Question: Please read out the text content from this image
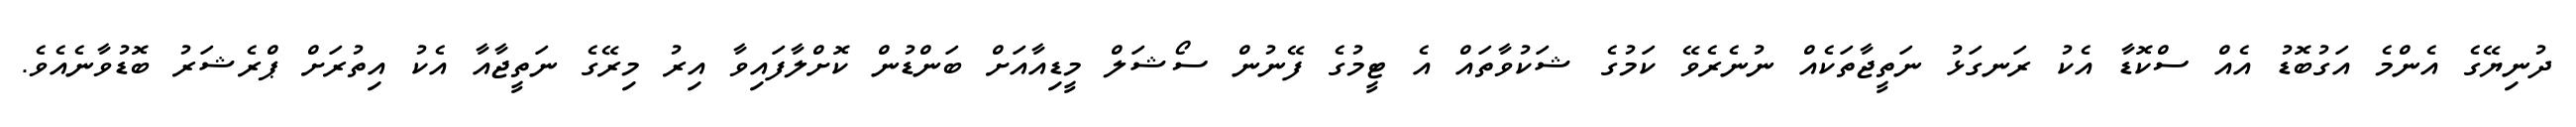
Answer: ދުނިޔޭގެ އެންމެ އަގުބޮޑު އެއް ސްކޮޑާ އެކު ރަނގަޅު ނަތީޖާތަކެއް ނުނެރެވޭ ކަމުގެ ޝަކުވާތައް އެ ޓީމުގެ ފޭނުން ސޯޝަލް މީޑިއާއަށް ބަންޑުން ކޮށްލާފައިވާ އިރު މިރޭގެ ނަތީޖާއާ އެކު އިތުރަށް ޕްރެޝަރު ބޮޑުވާނެއެވެ.